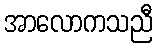
အာလောကသညီ